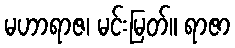
မဟာရာဇ၊ မင်းမြတ်။ ရာဇာ